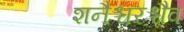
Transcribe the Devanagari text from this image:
शनैश्चरश्चैव